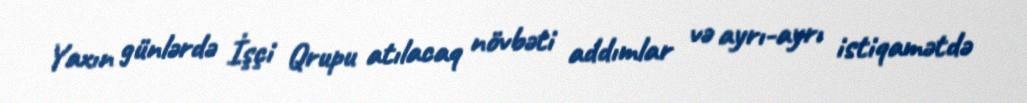
Yaxın günlərdə İşçi Qrupu atılacaq növbəti addımlar və ayrı-ayrı istiqamətdə